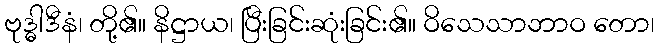
ဗုဒ္ဓါဒီနံ၊ တို့၏။ နိဋ္ဌာယ၊ ပြီးခြင်းဆုံးခြင်း၏။ ဝိသေသာဘာဝ တော၊